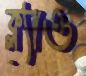
ক্ল্যাও